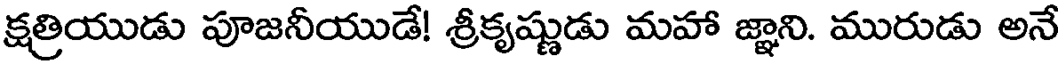
క్షత్రియుడు పూజనీయుడే! శ్రీకృష్ణుడు మహా జ్ఞాని. మురుడు అనే